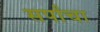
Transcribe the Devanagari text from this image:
सर्पांचा